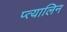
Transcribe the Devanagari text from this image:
प्त्यालिन